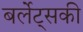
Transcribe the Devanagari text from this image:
बर्लेट्सकी